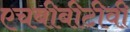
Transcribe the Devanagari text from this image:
एचबीबीटीवी